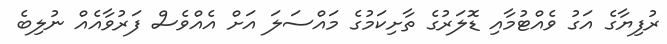
ރުފިޔާގެ އަގު ވެއްޓުމާއި ޑޮލަރުގެ ތާށިކަމުގެ މައްސަލަ އަށް އެއްވެސް ފަރުވާއެއް ނުލިބެ